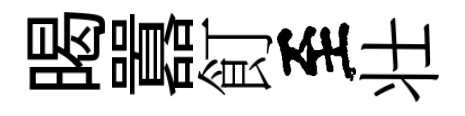
暍囂飣至壮